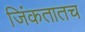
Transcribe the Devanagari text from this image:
जिंकतातच